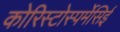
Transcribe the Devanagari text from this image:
कोरिस्टोस्पर्मेसिई